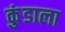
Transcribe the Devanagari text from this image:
कुंडाला